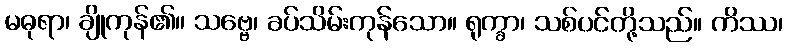
မဓုရာ၊ ချိုကုန်၏။ သဗ္ဗေ၊ ခပ်သိမ်းကုန်သော။ ရုက္ခာ၊ သစ်ပင်တို့သည်။ ကိဿ၊